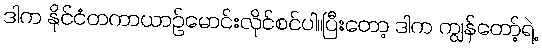
ဒါက နိုင်ငံတကာယာဉ်မောင်းလိုင်စင်ပါ။ပြီးတော့ ဒါက ကျွန်တော့်ရဲ့